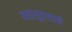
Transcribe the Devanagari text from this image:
महसूलसाठी